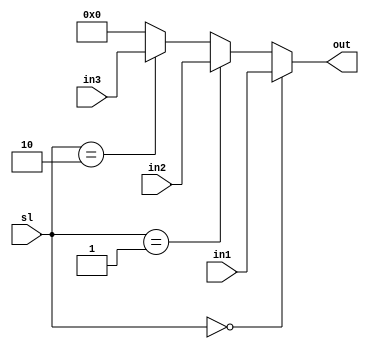
module muxthree(in1,in2,in3,sl,out);
	input[31:0] in1,in2,in3;
	input[1:0] sl;
	output[31:0] out;
	reg[31:0] out;

	always @(sl or in1 or in2 or in3) begin
		if (sl==2'b00) out<=in1;
		else if(sl==2'b01) out<=in2;
		else if(sl==2'b10) out<=in3;
		else out<=0;
	end
endmodule